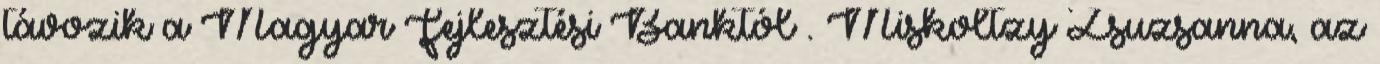
távozik a Magyar Fejlesztési Banktól . Miskoltzy Zsuzsanna, az